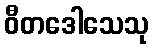
ဝီတဒေါသေသု